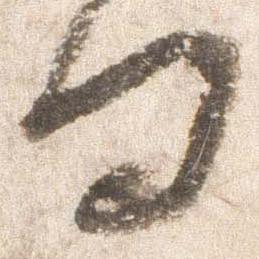
日